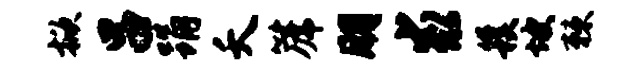
掀吕踊夭篪朋求簇坡棘